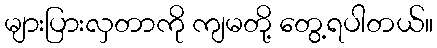
များပြားလှတာကို ကျမတို့ တွေ့ရပါတယ်။